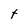
Character: t